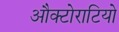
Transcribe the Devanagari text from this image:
औक्टोराटियो